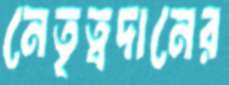
নেতৃত্বদানের